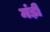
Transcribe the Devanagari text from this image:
मंड़ी